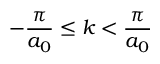
\displaystyle - \frac { \pi } { a _ { 0 } } \leq k < \frac { \pi } { a _ { 0 } }